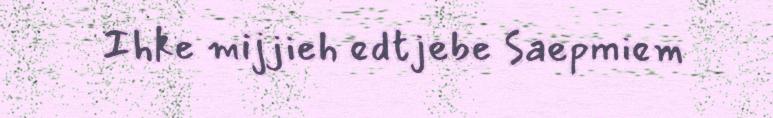
Ihke mijjieh edtjebe Saepmiem